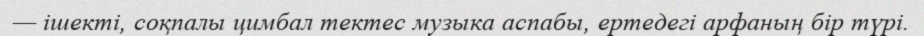
— ішекті, соқпалы цимбал тектес музыка аспабы, ертедегі арфаның бір түрі.